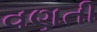
વણતી